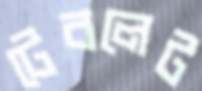
টেবলেট